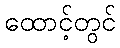
ထောင့်တွင်